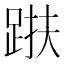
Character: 𨁜